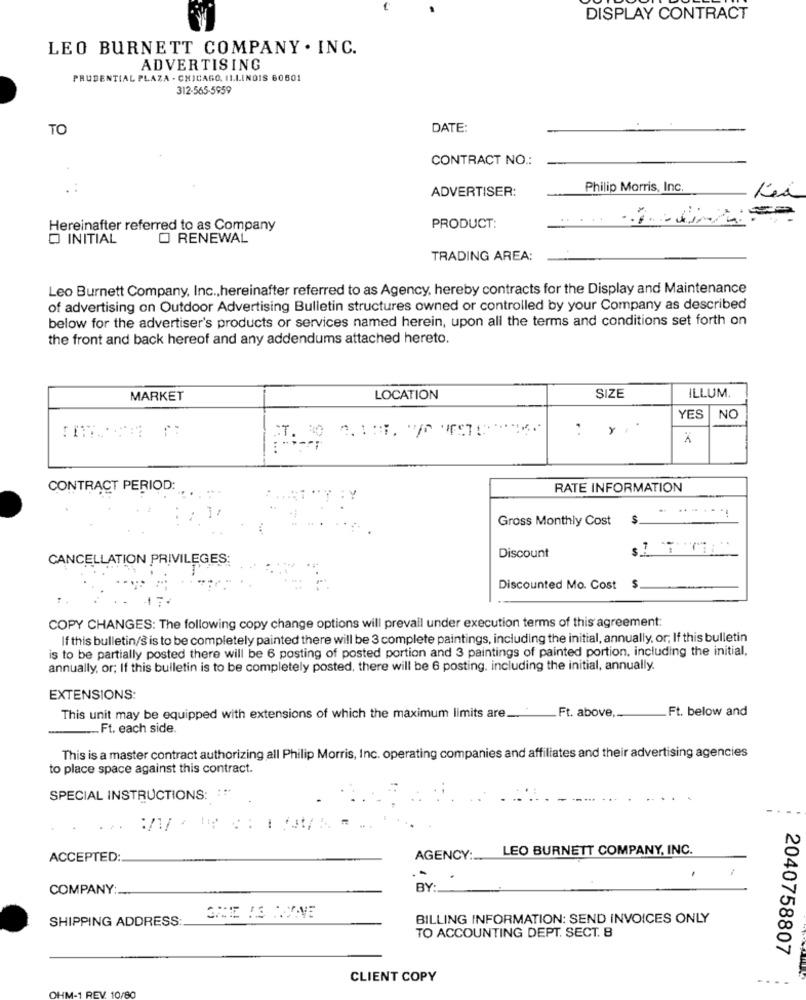
DISPLAY CONTRACT
LEO BURNETT COMPANY . INC.
ADVERTISING
PRUDENTIAL PLAZA - CHICAGO, ILLINOIS 60601
312-565-5959
TO
DATE:
CONTRACT NO .:
Philip Morris, Inc.
ADVERTISER:
Hereinafter referred to as Company
PRODUCT:
O INITIAL
O RENEWAL
TRADING AREA:
Leo Burnett Company, Inc ., hereinafter referred to as Agency, hereby contracts for the Display and Maintenance
of advertising on Outdoor Advertising Bulletin structures owned or controlled by your Company as described
below for the advertiser's products or services named herein, upon all the terms and conditions set forth on
the front and back hereof and any addendums attached hereto.
MARKET
LOCATION
SIZE
ILLUM.
YES
NO
ST.
CONTRACT PERIOD:
RATE INFORMATION
Gross Monthly Cost
$.
CANCELLATION PRIVILEGES:
Discount
Discounted Mo. Cost
COPY CHANGES: The following copy change options will prevail under execution terms of this agreement:
If this bulletin/s is to be completely painted there will be 3 complete paintings, including the initial, annually, or, If this bulletin
is to be partially posted there will be 6 posting of posted portion and 3 paintings of painted portion, including the initial,
annually, or; If this bulletin is to be completely posted, there will be 6 posting, including the initial, annually.
EXTENSIONS:
Ft. below and
This unit may be equipped with extensions of which the maximum limits are ..
Ft. above,
... Ft. each side.
This is a master contract authorizing all Philip Morris, Inc. operating companies and affiliates and their advertising agencies
to place space against this contract.
SPECIAL INSTRUCTIONS: :**
LEO BURNETT COMPANY, INC.
ACCEPTED:
AGENCY :.
COMPANY:
BY:
SHIPPING ADDRESS:
BILLING INFORMATION: SEND INVOICES ONLY
TO ACCOUNTING DEPT. SECT. B
2040758807
CLIENT COPY
OHM-1 REV. 10/80